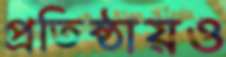
প্রতিষ্ঠায়ও